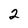
Character: 2